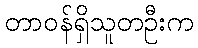
တာဝန်ရှိသူတဦးက